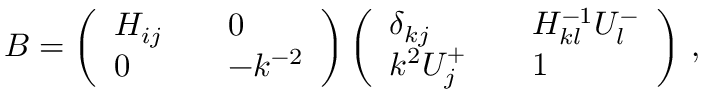
{ \cal B } = \left( \begin{array} { l l l } { { H _ { i j } } } & { { } } & { { 0 } } \\ { { 0 } } & { { } } & { { - k ^ { - 2 } } } \end{array} \right) \left( \begin{array} { l l l } { { \delta _ { k j } } } & { { } } & { { H _ { k l } ^ { - 1 } U _ { l } ^ { - } } } \\ { { k ^ { 2 } U _ { j } ^ { + } } } & { { } } & { { 1 } } \end{array} \right) \, ,